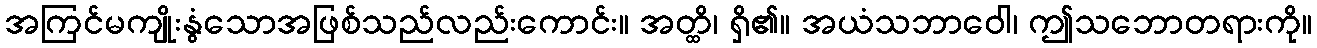
အကြင်မကျိုးနွံသောအဖြစ်သည်လည်းကောင်း။ အတ္ထိ၊ ရှိ၏။ အယံသဘာဝေါ၊ ဤသဘောတရားကို။